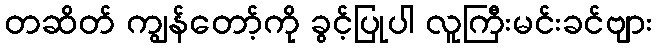
တဆိတ် ကျွန်တော့်ကို ခွင့်ပြုပါ လူကြီးမင်းခင်ဗျား